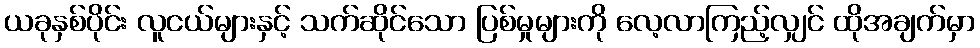
ယခုနှစ်ပိုင်း လူငယ်များနှင့် သက်ဆိုင်သော ပြစ်မှုများကို လေ့လာကြည့်လျှင် ထိုအချက်မှာ